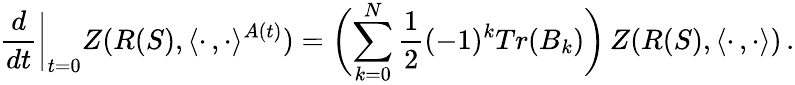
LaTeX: \frac{d}{dt}\biggl|_{t=0}Z(R(S),\langle\cdot\, ,\cdot\rangle^{A(t)})=\biggl(\sum_{k=0}^{N}\frac{1}{2}(-1)^{k}Tr(B_{k})\biggr)\, Z(R(S),\langle\cdot\, ,\cdot\rangle)\, .